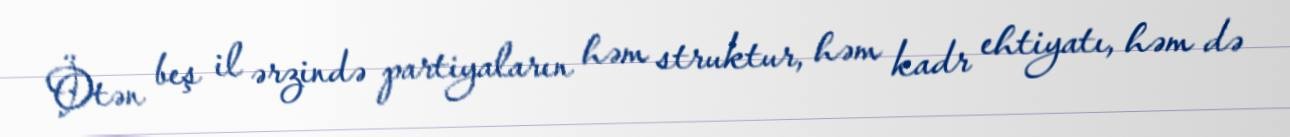
Ötən beş il ərzində partiyaların həm struktur, həm kadr ehtiyatı, həm də